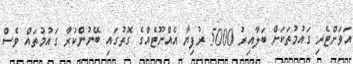
އަވަށްޓެރި ގައުމުތަކަށް ބަލާއިރު 5000 ރުފިޔާ އެއްނޫޓެއްގެ ގޮތުގައި ބޭނުންކުރާ ގައުމުތައް ވެސް